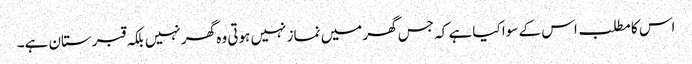
اس کا مطلب اس کے سوا کیا ہے کہ جس گھر میں نماز نہیں ہوتی وہ گھر نہیں بلکہ قبرستان ہے۔